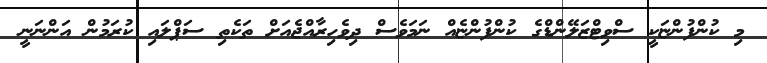
މި ކުންފުންޏަކީ ސްވިޓްޒަލޭންޑްގެ ކުންފުންޏެއް ނަމަވެސް ދިވެހިރާއްޖެއަށް ތަކެތި ސަޕްލައި ކުރަމުން އަންނަނީ